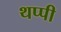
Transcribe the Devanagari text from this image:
थप्पी